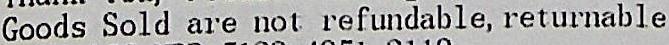
GOODS SOLD ARE NOT REFUNDABLE, RETURNABLE